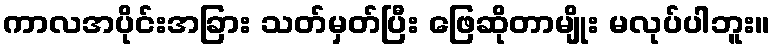
ကာလအပိုင်းအခြား သတ်မှတ်ပြီး ဖြေဆိုတာမျိုး မလုပ်ပါဘူး။